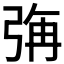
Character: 𭚳